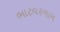
ભાટવરગામ